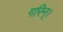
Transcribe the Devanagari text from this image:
गरिन्।